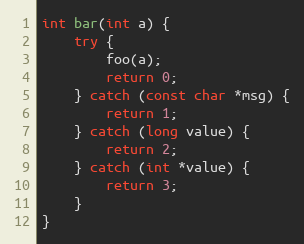
Language: C++
int bar(int a) {
    try {
        foo(a);
        return 0;
    } catch (const char *msg) {
        return 1;
    } catch (long value) {
        return 2;
    } catch (int *value) {
        return 3;
    }
}